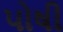
પોષી